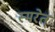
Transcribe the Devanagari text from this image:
स्मरेत्